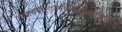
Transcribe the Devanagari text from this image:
उत्थायभास्वंतमवेक्ष्यसूर्यंसदक्षिणांवि